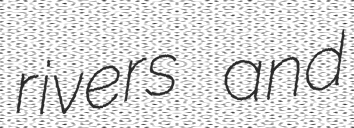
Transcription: rivers and